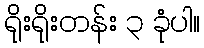
ရိုးရိုးတန်း ၃ ခုံပါ။